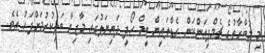
މި މުބާރާތުގެ ޗެމްޕިއަންކަން ރެޑްލައިން ޓީމް ހޯދީ ފައިނަލުގައި މާޒިޔާ ބަލިކުރުމަށްފަހު އެވެ.